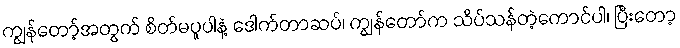
ကျွန်တော့်အတွက် စိတ်မပူပါနဲ့ ဒေါက်တာဆပ်၊ ကျွန်တော်က သိပ်သန်တဲ့ကောင်ပါ၊ ပြီးတော့